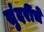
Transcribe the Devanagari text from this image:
सुंदरींचे